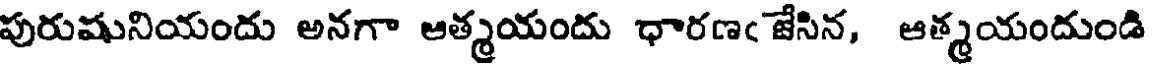
పురుషునియందు అనగా ఆత్మయందు ధారణఁ జేసిన, ఆత్మయందుండి